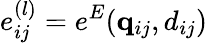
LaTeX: e_{ij}^{(l)}=e^{E}(\mathbf{q}_{ij},d_{ij})